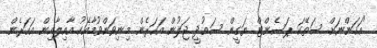
"އަހަންނަށް ސަތޭކަ ޕަސެންޓް ޔަގީން ސައުދީ ޖަލުން އަހަރެން މިނިވަންވުމާއެކު އާއިލާއިން އަހަރެން